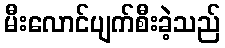
မီးလောင်ပျက်စီးခဲ့သည်